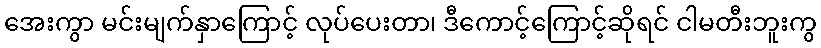
အေးကွာ မင်းမျက်နှာကြောင့် လုပ်ပေးတာ၊ ဒီကောင့်ကြောင့်ဆိုရင် ငါမတီးဘူးကွ